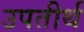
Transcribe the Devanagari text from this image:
उपतीर्थ